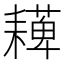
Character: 𦔠